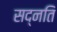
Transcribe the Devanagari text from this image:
सद्नति